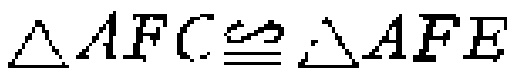
$\triangle AFC\cong \triangle AFE$